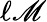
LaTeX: \ell\mathscr{M}